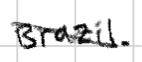
Text: Brazil.
Cross-out: diagonal
Writing tool: digital_black